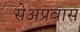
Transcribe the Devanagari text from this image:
सेअप्रवास